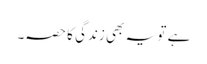
ہے تو یہ بھی زندگی کا حصہ۔